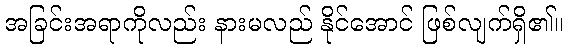
အခြင်းအရာကိုလည်း နားမလည် နိုင်အောင် ဖြစ်လျက်ရှိ၏။